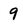
Character: 9